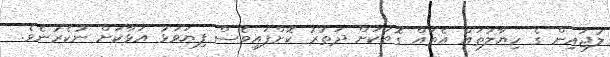
ލުޖައިން ގެ ހިޔާލުތައް އެތައް ގޮތަކަށް ދަތުރު ކޮށްފައިވެސް ފިޔަވަޅު އަޅާކަށް ނުކެރުނެވެ.